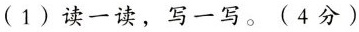
(1)读一读，写一写。(4分)